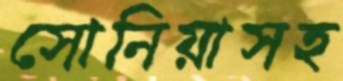
সোনিয়াসহ